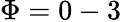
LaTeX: \Phi=0-3